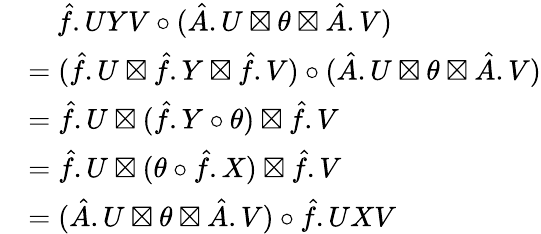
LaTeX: \begin{array}{rl}&{\quad\hat{f}.UYV\circ(\hat{A}.U\boxtimes\theta\boxtimes\hat{A}.V)}\\ &{=(\hat{f}.U\boxtimes\hat{f}.Y\boxtimes\hat{f}.V)\circ(\hat{A}.U\boxtimes\theta\boxtimes\hat{A}.V)}\\ &{=\hat{f}.U\boxtimes(\hat{f}.Y\circ\theta)\boxtimes\hat{f}.V}\\ &{=\hat{f}.U\boxtimes(\theta\circ\hat{f}.X)\boxtimes\hat{f}.V}\\ &{=(\hat{A}.U\boxtimes\theta\boxtimes\hat{A}.V)\circ\hat{f}.UXV}\end{array}